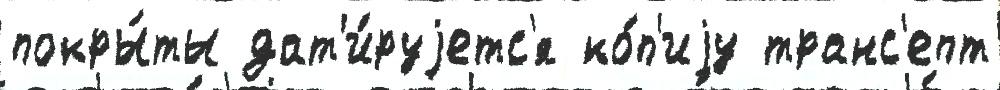
покры́ты дат'и́руjетс'я ко́п'иjу транс'епт